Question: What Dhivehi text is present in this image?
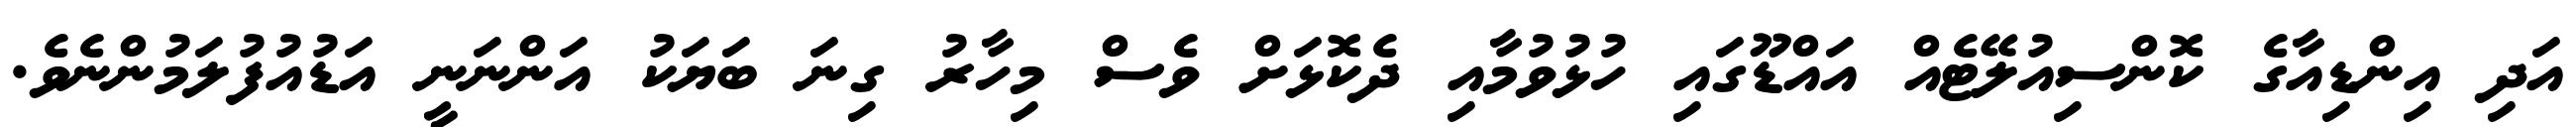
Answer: އަދި އިންޑިއާގެ ކޮންސިއުލޭޓެއް އައްޑޫގައި ހުޅުވުމާއި ދެކޮޅަށް ވެސް މިހާރު ގިނަ ބަޔަކު އަންނަނީ އަޑުއުފުލަމުންނެވެ.